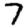
Digit: 7